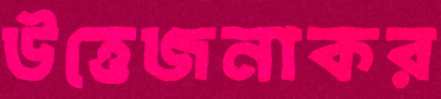
উত্তেজনাকর